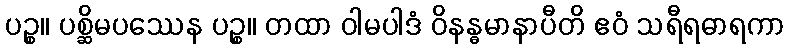
ပဉ္စ။ ပစ္ဆိမပဿေန ပဉ္စ။ တထာ ဝါမပါဒံ ဝိနန္ဓမာနာပီတိ ဧဝံ သရီရဓာရကာ